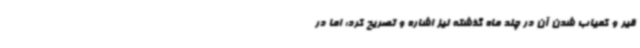
قیر و کمیاب شدن آن در چند ماه گذشته نیز اشاره و تصریح کرد: اما در